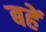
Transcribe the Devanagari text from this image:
बहें